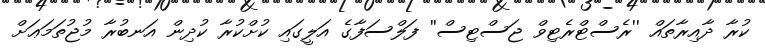
ކުރާ ދާއިރާތައް ''ރެސްޓްރެޓިވް ޖަސްޓިސް'' ފަލްސަފާގެ އަލީގައި ކުށްކުރާ ކުދިން އަނބުރާ މުޖުތަމަޢަށް